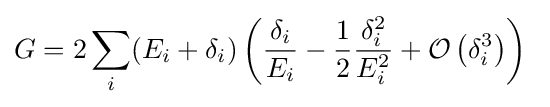
G=2\sum _{i}(E_{i}+\delta _{i})\left({\frac {\delta _{i}}{E_{i}}}-{\frac {1}{2}}{\frac {\delta _{i}^{2}}{E_{i}^{2}}}+{\mathcal {O}}\left(\delta _{i}^{3}\right)\right)~